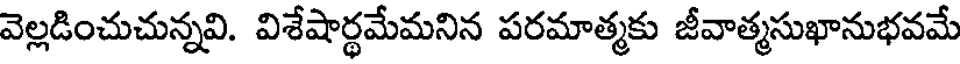
వెల్లడించుచున్నవి. విశేషార్థమేమనిన పరమాత్మకు జీవాత్మసుఖానుభవమే